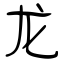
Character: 龙